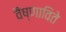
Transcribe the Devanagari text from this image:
वैष्णाविते